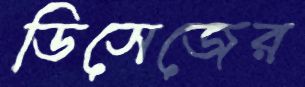
ডিসেজের